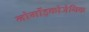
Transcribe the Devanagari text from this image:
नोर्मोइकोजेनिक